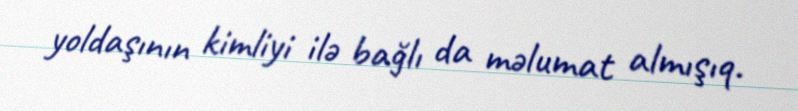
yoldaşının kimliyi ilə bağlı da məlumat almışıq.